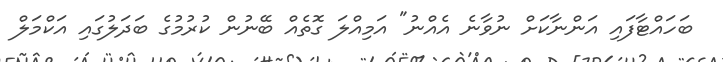
ބަހައްޓާފައި އަންނާކަށް ނުވާނެ އެއްނު" އަމިއްލަ ގޮތެއް ބޭނުން ކުރުމުގެ ބަދަލުގައި އަކްމަލް